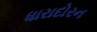
ધારાદોરન